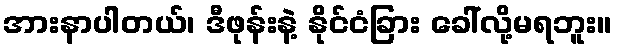
အားနာပါတယ်၊ ဒီဖုန်းနဲ့ နိုင်ငံခြား ခေါ်လို့မရဘူး။